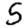
Digit: 5